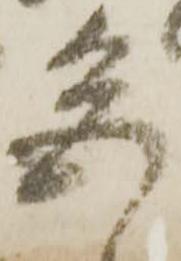
色